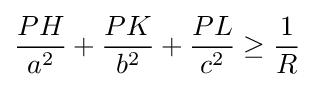
{\frac {PH}{a^{2}}}+{\frac {PK}{b^{2}}}+{\frac {PL}{c^{2}}}\geq {\frac {1}{R}}